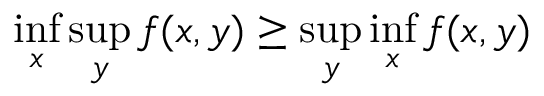
\operatorname* { i n f } _ { x } \operatorname* { s u p } _ { y } f ( x , y ) \geq \operatorname* { s u p } _ { y } \operatorname* { i n f } _ { x } f ( x , y )